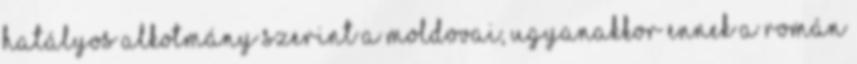
hatályos alkotmány szerint a moldovai, ugyanakkor ennek a román